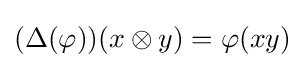
(\Delta (\varphi ))(x\otimes y)=\varphi (xy)